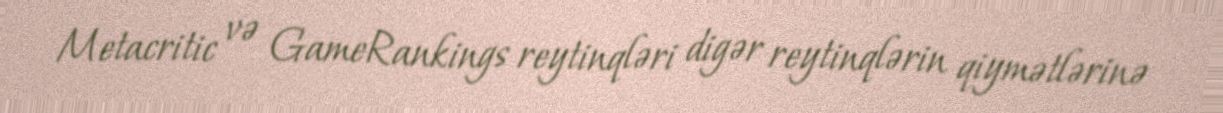
Metacritic və GameRankings reytinqləri digər reytinqlərin qiymətlərinə